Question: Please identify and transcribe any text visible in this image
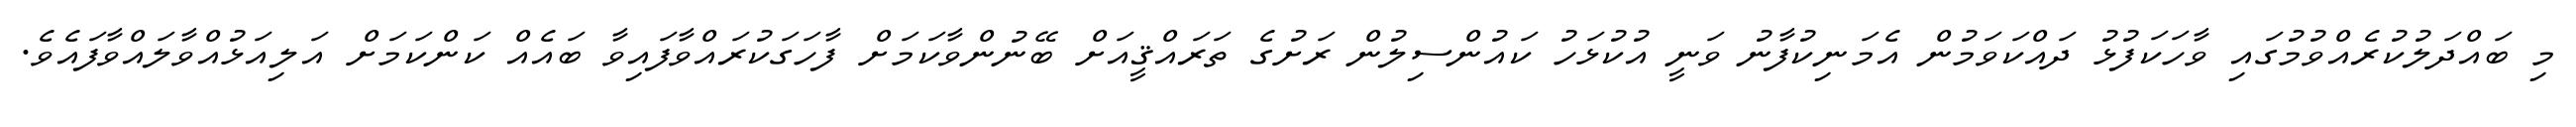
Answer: މި ބައްދަލުކުރެއްވުމުގައި ވާހަކަފުޅު ދައްކަވަމުން އެމަނިކުފާނު ވަނީ އުކުޅަހު ކައުންސިލުން ރަށުގެ ތަރައްޤީއަށް ބޭނުންވާކަމަށް ފާހަގަކުރައްވާފައިވާ ބައެއް ކަންކަމަށް އަލިއަޅުއްވާލައްވާފައެވެ.